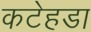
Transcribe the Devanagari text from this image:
कटेहडा